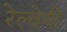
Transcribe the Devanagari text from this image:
रेल्वेनी